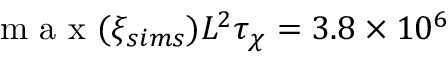
\mathrm { ~ m ~ a ~ x ~ } ( \xi _ { s i m s } ) L ^ { 2 } \tau _ { \chi } = 3 . 8 \times 1 0 ^ { 6 }